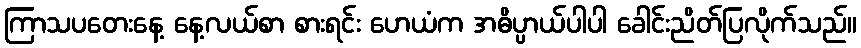
ကြာသပတေးနေ့ နေ့လယ်စာ စားရင်း ဟေယံက အဓိပ္ပာယ်ပါပါ ခေါင်းညိတ်ပြလိုက်သည်။